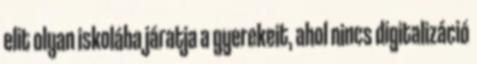
elit olyan iskolába járatja a gyerekeit, ahol nincs digitalizáció